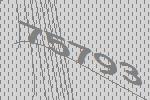
75793